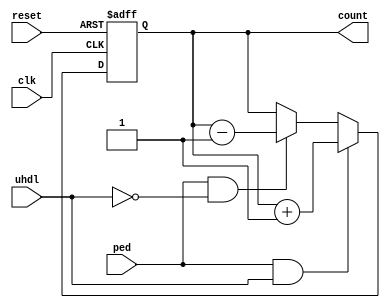
`timescale 1ns / 1ps
//****************************************************************// 
//                                                                // 
//  Created by Naoaki Takatsu on 02/12/2018.                      // 
//  Copyright  2018                                              //
//  Naoaki Takatsu. All rights reserved.                          // 
//                                                                // 
//                                                                // 
//  In submitting this file for class work at CSULB               // 
//  I am confirming that this is my work and the work             // 
//  of no one else. In submitting this code I acknowledge that    // 
//  plagiarism in student project work is subject to dismissal.   //  
//  from the class                                                // 
//****************************************************************//

module counter(clk, reset, ped, uhdl, count);
 //clock, reset, posedge detect, up high down low, count

   input             clk, reset, ped, uhdl; //uhdl slide switch
   output reg [15:0] count;
        
        always @ (posedge clk, posedge reset)
           if(reset)
              count <= 16'b0;
           else if(ped & uhdl)
              count <= count + 16'b1;
           else if(ped & ~uhdl)
              count <= count - 16'b1;

endmodule